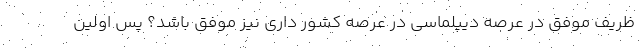
ظریف موفق در عرصه دیپلماسی در عرصه کشور داری نیز موفق باشد؟ پس اولین